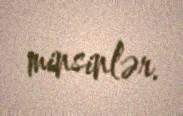
minsinlər.